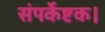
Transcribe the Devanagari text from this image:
संपर्केष्टक।